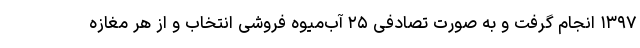
۱۳۹۷ انجام گرفت و به صورت تصادفی ۲۵ آب‌میوه فروشی انتخاب و از هر مغازه